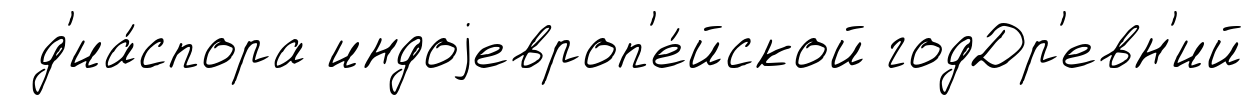
д'иа́спора индоjевроп'е́йской годДр'евн'ий